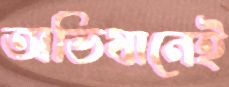
অভিযানেই